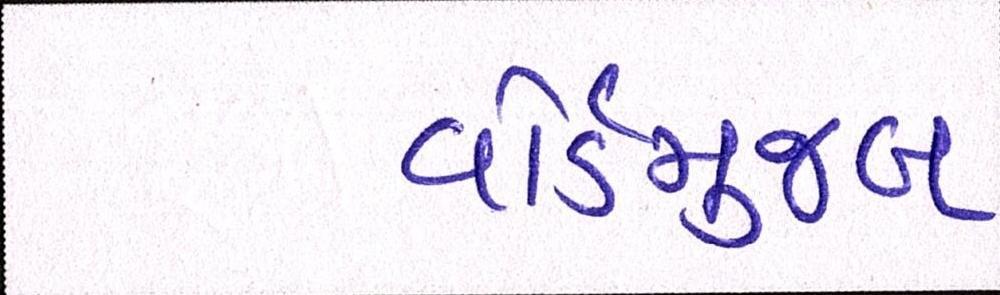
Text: વોર્ડમુજબ